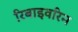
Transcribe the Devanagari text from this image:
रिबाइवरिन